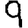
Digit: 9